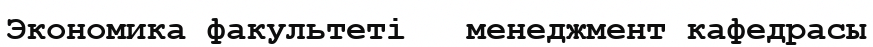
Экономика факультеті   менеджмент кафедрасы